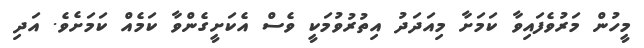
މީހުން މަރުވެފައިވާ ކަމަށާ މިއަދަދު އިތުރުވުމަކީ ވެސް އެކަށީގެންވާ ކަމެެއް ކަމަށެވެ. އަދި